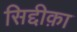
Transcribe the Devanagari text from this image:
सिद्दीक़ा